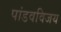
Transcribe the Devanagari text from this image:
पांडवविजय